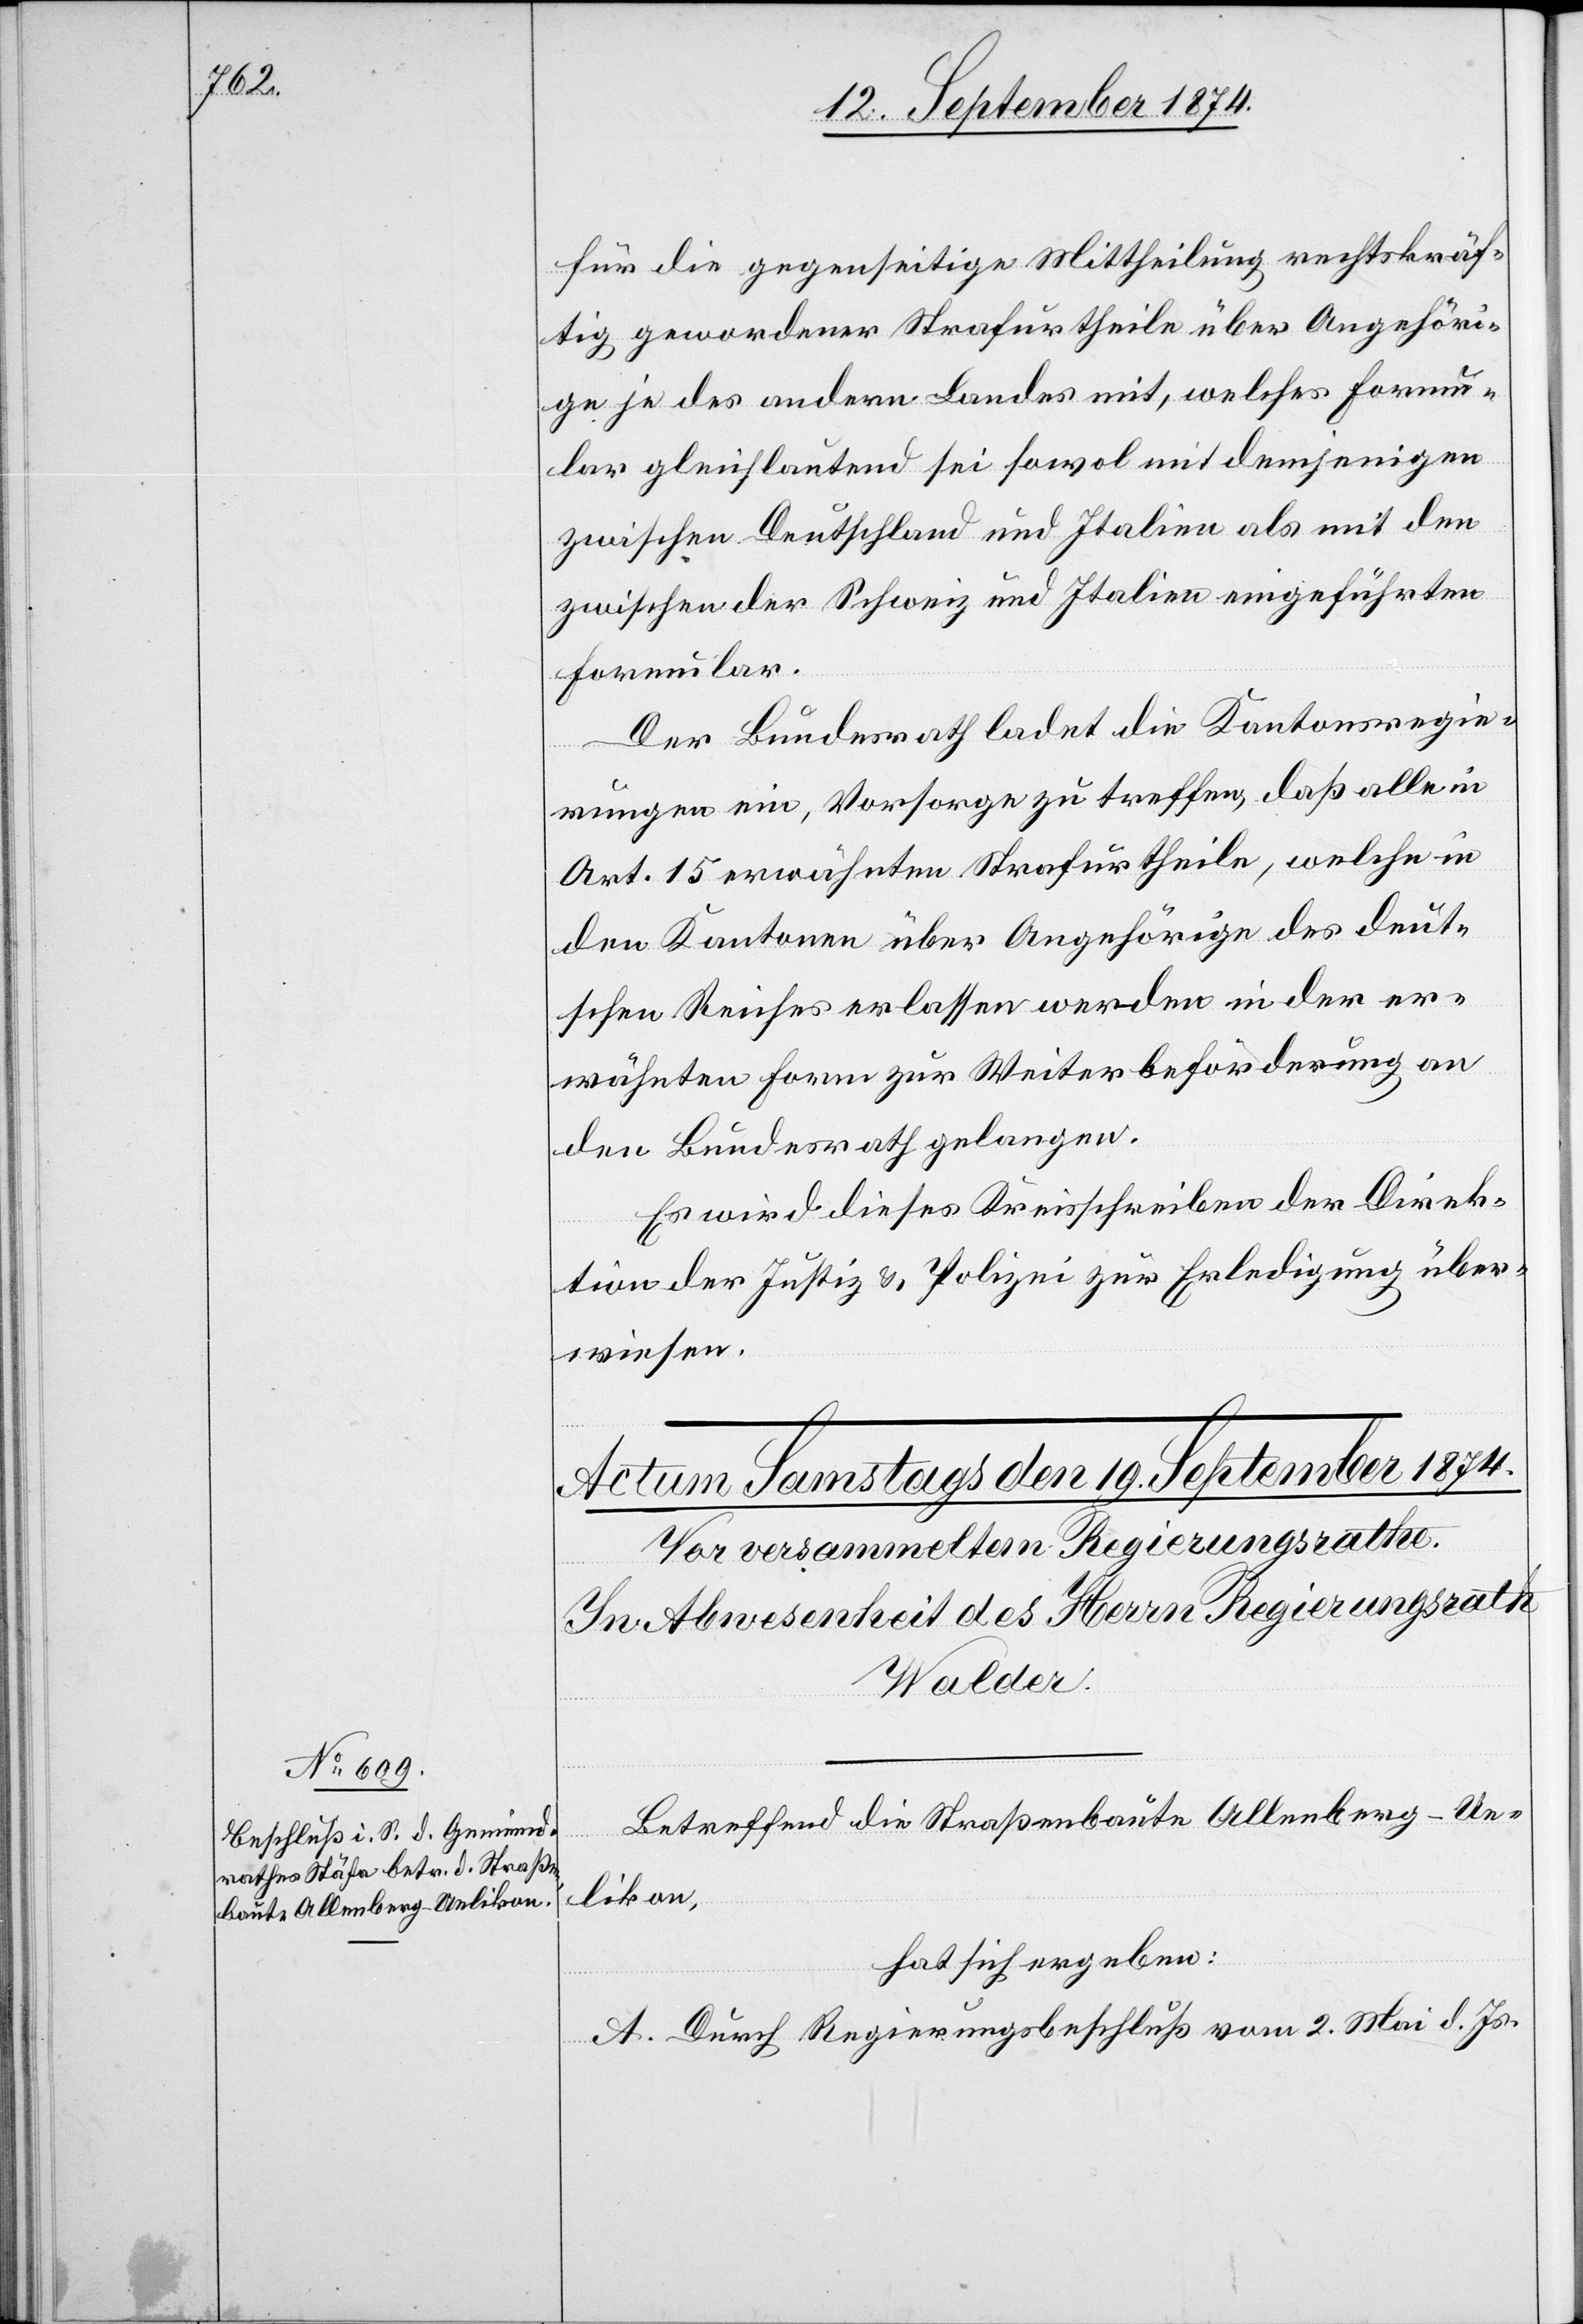
für die gegenseitige Mittheilung rechtskräf¬
tig gewordener Strafurtheile über Angehöri¬
ge je des andern Landes mit, welches Formu¬
lar gleichlautend sei sowol mit demjenigen
zwischen Deutschland und Italien als mit dem
zwischen der Schweiz und Italien eingeführten
Formular.
Der Bundesrath ladet die Kantonsregie¬
rungen ein, Vorsorge zu treffen, daß alle in
Art. 15 erwähnten Strafurtheile, welche in
den Kantonen über Angehörige des deut¬
schen Reiches erlassen werden in der er¬
wähnten Form zur Weiterbeförderung an
den Bundesrath gelangen.
Es wird dieses Kreisschreiben der Direk¬
tion der Justiz & Polizei zur Erledigung über¬
wiesen.
Betreffend die Straßenbaute Allenberg–Ue¬
likon,
hat sich ergeben:
A. Durch Regierungsbeschluß vom 2. Mai d. Js.